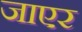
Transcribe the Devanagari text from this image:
जाएर